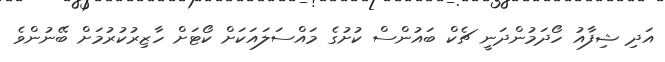
އަދި ޝިފާއު ހޯދަމުންދަނީ ޗެކް ބައުންސް ކުށުގެ މައްސަލައަކަށް ކޯޓަށް ހާޒިރުކުރުމަށް ބޭނުންވެ